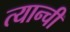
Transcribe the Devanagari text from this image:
त्यान्ची